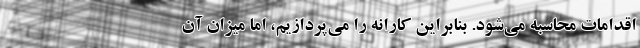
اقدامات محاسبه می‌شود. بنابراین کارانه را می‌پردازیم، اما میزان آن